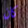
كان